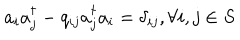
a _ { i } a _ { j } ^ { \dagger } - q _ { i j } a _ { j } ^ { \dagger } a _ { i } = \delta _ { i j } , \forall i , j \in S